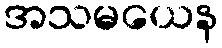
အသမယေန